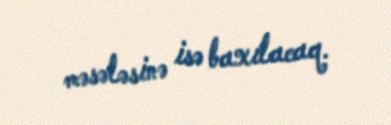
məsələsinə isə baxılacaq.